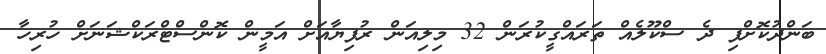
ބަންދުކޮށްފި ދެ ސްކޫލެއް ތަރައްގީކުރަން 32 މިލިއަން ރުފިޔާއަށް އަމީން ކޮންސްޓްރަކްޝަނަށް ހުރިހާ